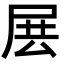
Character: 𡱗